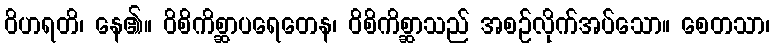
ဝိဟရတိ၊ နေ၏။ ဝိစိကိစ္ဆာပရေတေန၊ ဝိစိကိစ္ဆာသည် အစဉ်လိုက်အပ်သော။ စေတသာ၊